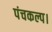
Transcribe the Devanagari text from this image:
पंचकल्प।